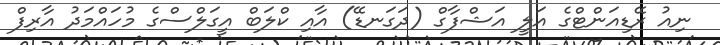
ނިއު ރޭޑިއަންޓްގެ އަލީ އަޝްފާގް (ދަގަނޑޭ) އާއި ކްލަބް އީގަލްސްގެ މުހައްމަދު އާރިފް